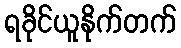
ရခိုင်ယူနိုက်တက်